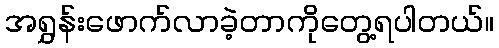
အရွှန်းဖောက်လာခဲ့တာကိုတွေ့ရပါတယ်။